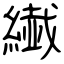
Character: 繊